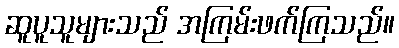
ဆူပူသူများသည် အကြမ်းဖက်ကြသည်။